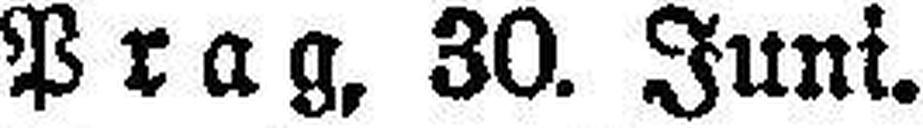
Prag, 30. Juni.